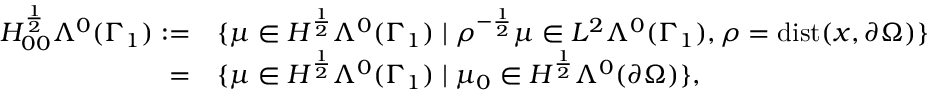
\begin{array} { r l } { H _ { 0 0 } ^ { \frac { 1 } { 2 } } \Lambda ^ { 0 } ( \Gamma _ { 1 } ) : = } & { \{ \mu \in H ^ { \frac { 1 } { 2 } } \Lambda ^ { 0 } ( \Gamma _ { 1 } ) \mid \rho ^ { - \frac { 1 } { 2 } } \mu \in L ^ { 2 } \Lambda ^ { 0 } ( \Gamma _ { 1 } ) , \rho = \mathrm { d i s t } ( x , \partial \Omega ) \} } \\ { = } & { \{ \mu \in H ^ { \frac { 1 } { 2 } } \Lambda ^ { 0 } ( \Gamma _ { 1 } ) \mid \mu _ { 0 } \in H ^ { \frac { 1 } { 2 } } \Lambda ^ { 0 } ( \partial \Omega ) \} , } \end{array}